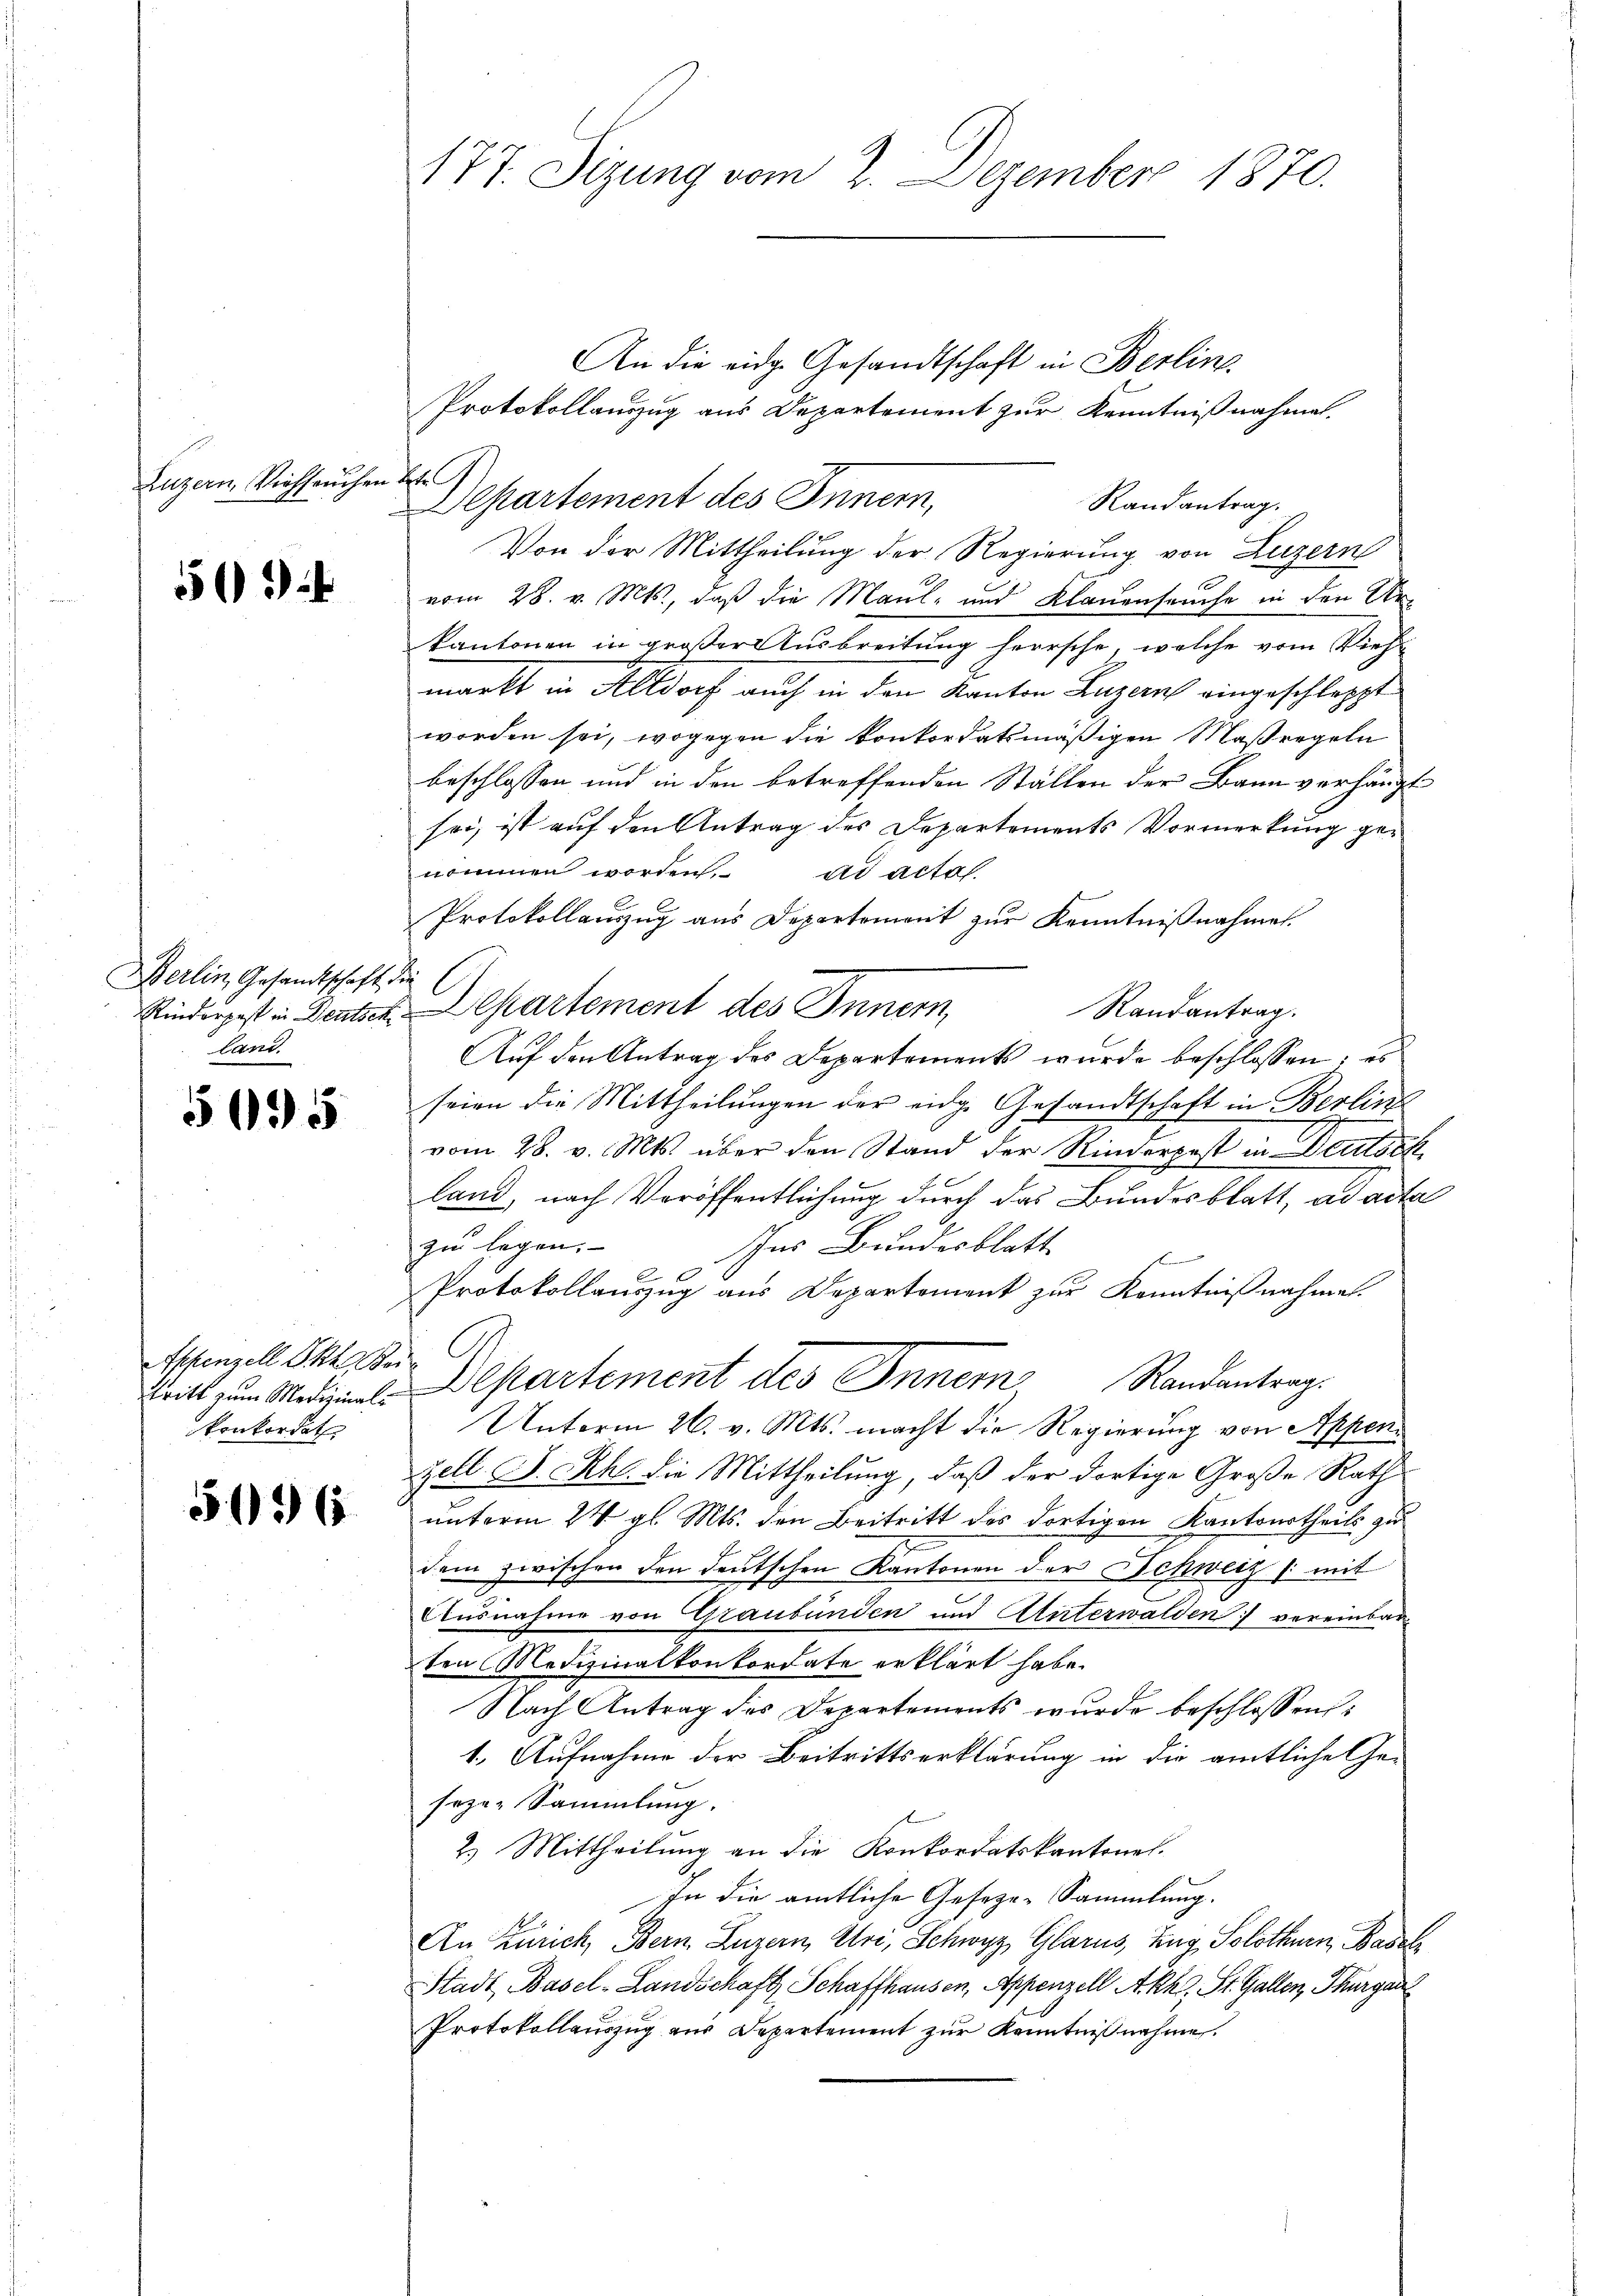
Luzern, Viehseuche

52

Berlin, Gesandtschaft,
land.

5095

Eppenzell Pkt. Ber
tritt zum Medizinal-
konkordat

5136

177. Sizung vom 2. Dezember 1870.

An die eidge Gesandtschaft in Berlin
Protokollauszug aus Departement zur Kenntnißnahmen.
Ful
Departement des Innern,
Randantrag.
Von der Mittheilung der Regierung von Luzern
vom 28. v. Mts., daß die Maul- und Klauenseuche in den Ur-
kantonen in großer Ausbreitung herrsche, welche vom Vieh-
markt in Altdorf auch in den Kanton Luzern eingeschleppt
worden sei, wogegen die konkordatsmäßigen Maßregeln
beschlossen und in den betreffenden Ställen der Bann verhängt
sei, ist auf den Antrag des Departements Vormerkung genommen worden. ad actas.
Protokollauszug aus Departement zur Kenntnißnahmen.
h
Randantrag.
Rinderpest in Deutsch. Departement des Innern,
Auf den Antrag des Departements wurde beschlossen: es
seien die Mittheilungen der eidge Gesandtschaft in Berlin
vom 28. v. Mts. über den Stand der Rinderpest in Deutsch
land, nach Veröffentlichung durch das Bundesblatt, ad acta
zu legen.
Ins Bundesblatt
6
Protokollauszug aus Departement zur Kenntnißnahmen.
Departement des Inner Randantrag.
Unterm 26. v. Mts. macht die Regierung von Appenzell S. Rh. die Mittheilung, daß der dortige Große Rath
unterm 24. gl. Mts. den Beitritt des dortigen Kantonstheils zu
7
dem zwischen den deutschen Kantonen der Schweiz /: mit
Ausnahme von Graubünden und Alterwalden vereinbar
ten Medizinalkonkordate erklärt habe.
Nach Antrag des Departements wurde beschlossen:
1. Aufnahme der Beitrittserklärung in die amtliche Ge-
soze-Sammlung.
2.) Mittheilung an die Konkordatskantonal.
In die amtliche Geseze-Sammlung.
An Zürich, Bern. Luzern, Uri, Schwyz, Glarus, Zug, Solothurn, Basel
Stadt, Basel-Landschaft Schaffhausen, Appenzell Akk. St. Gallen, Thurgau
Protokollauszug aus Departement zur Kenntnißnahme.